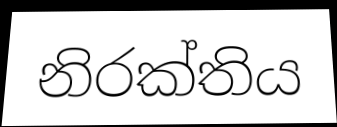
නිරක්තිය